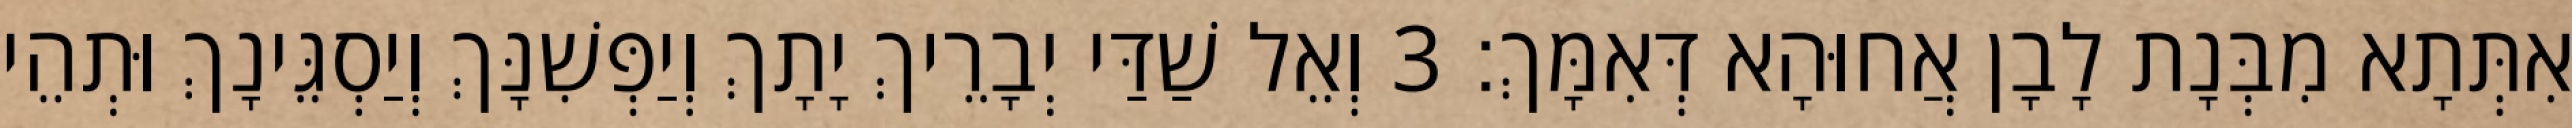
אִתְּתָא מִבְּנָת לָבָן אֲחוּהָא דְּאִמָּךְ׃ 3 וְאֵל שַׁדַּי יְבָרֵיךְ יָתָךְ וְיַפְּשִׁנָּךְ וְיַסְגֵּינָךְ וּתְהֵי